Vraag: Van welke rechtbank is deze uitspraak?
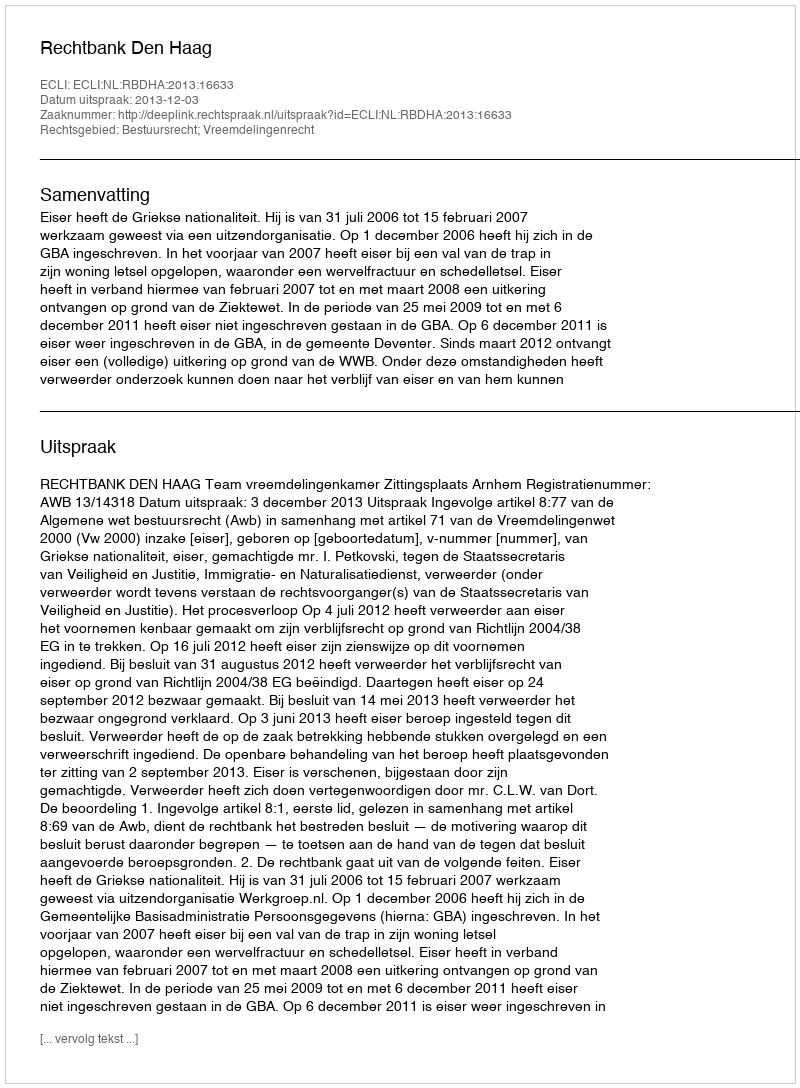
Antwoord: Rechtbank Den Haag